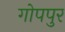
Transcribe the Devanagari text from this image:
गोपपुर